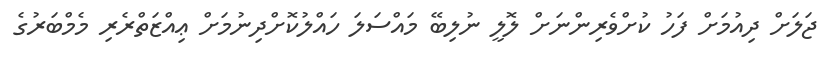
ޖަލަށް ދިއުމަށް ފަހު ކުށްވެރިންނަށް ލޮލީ ނުލިބޭ މައްސަލަ ހައްލުކޮށްދިނުމަށް ޢިއްޒަތްރެރި މެމްބަރުގެ